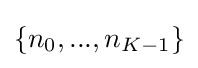
\{n_{0},...,n_{K-1}\}